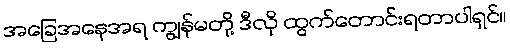
အခြေအနေအရ ကျွန်မတို့ ဒီလို ထွက်တောင်းရတာပါရှင်။